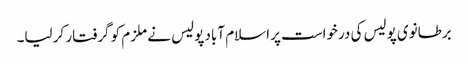
برطانوی پولیس کی درخواست پر اسلام آباد پولیس نے ملزم کو گرفتار کر لیا۔